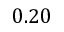
0 . 2 0